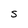
Character: S